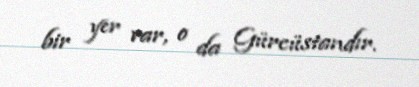
bir yer var, o da Gürcüstandır.